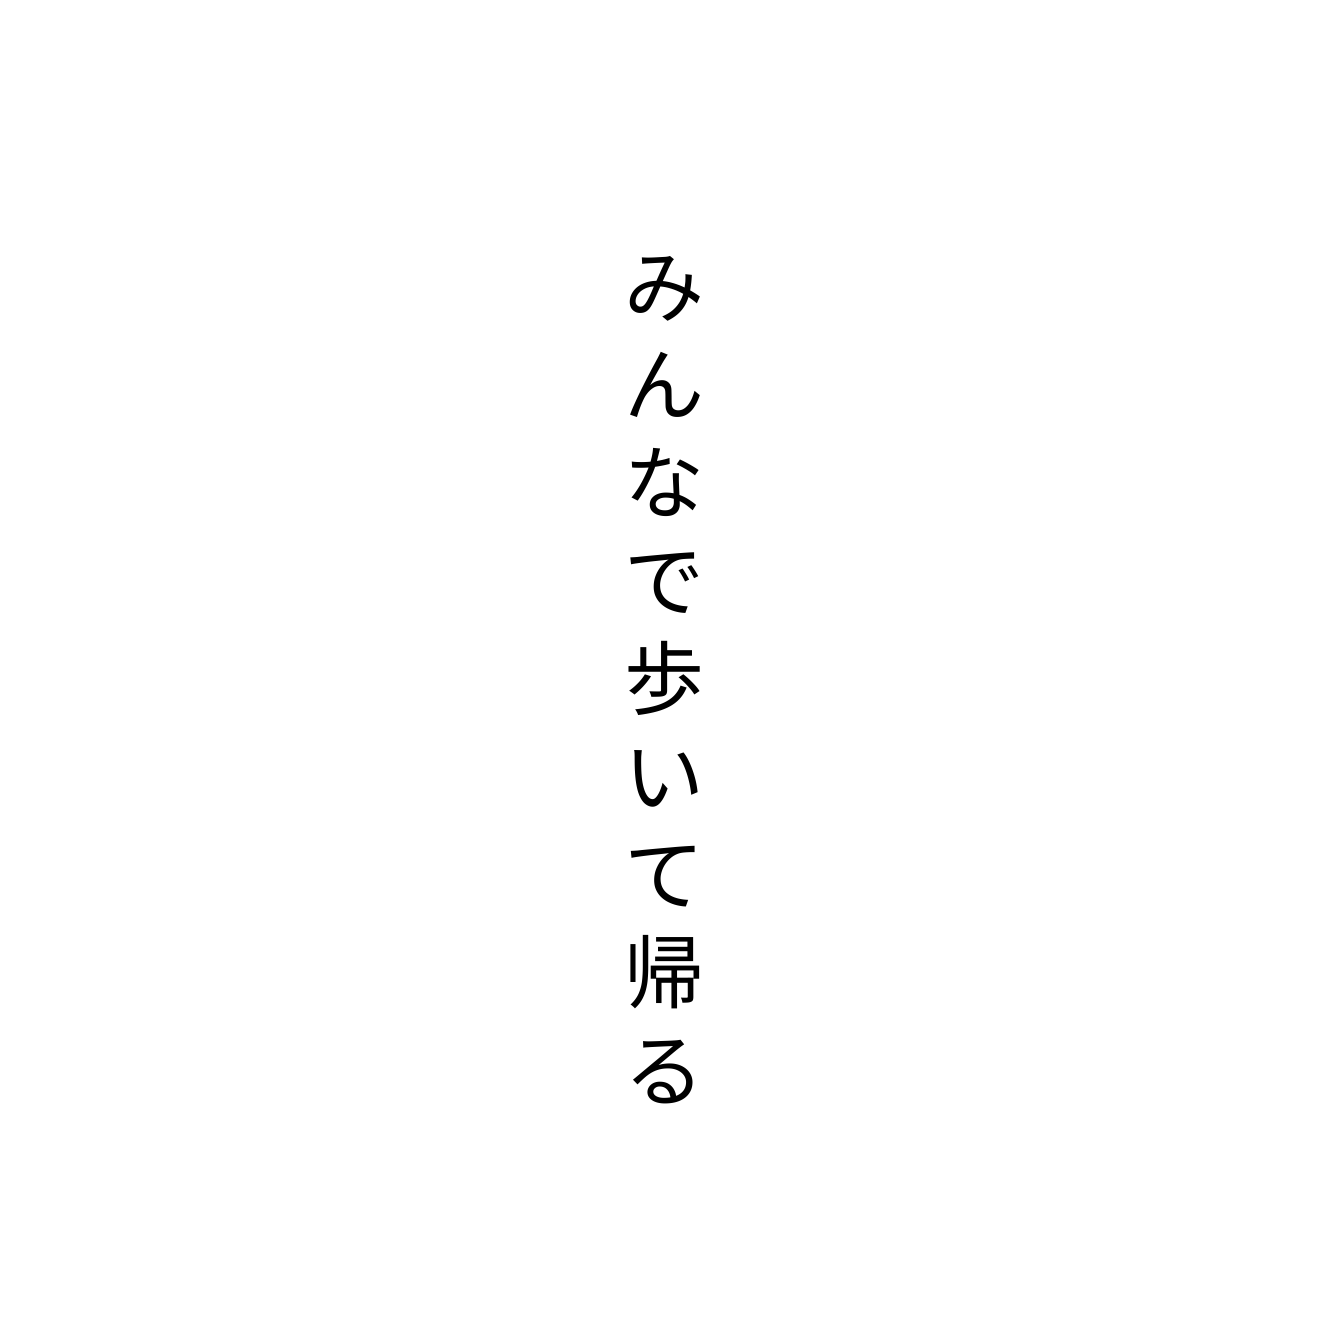
みんなで歩いて帰る